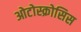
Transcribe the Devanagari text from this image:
ओटोस्क्रोसिस